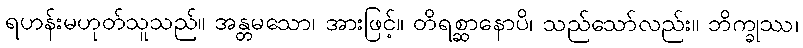
ရဟန်းမဟုတ်သူသည်။ အန္တမသော၊ အားဖြင့်။ တိရစ္ဆာနောပိ၊ သည်သော်လည်း။ ဘိက္ခုဿ၊